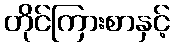
တိုင်ကြားစာနှင့်